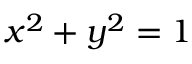
x ^ { 2 } + y ^ { 2 } = 1